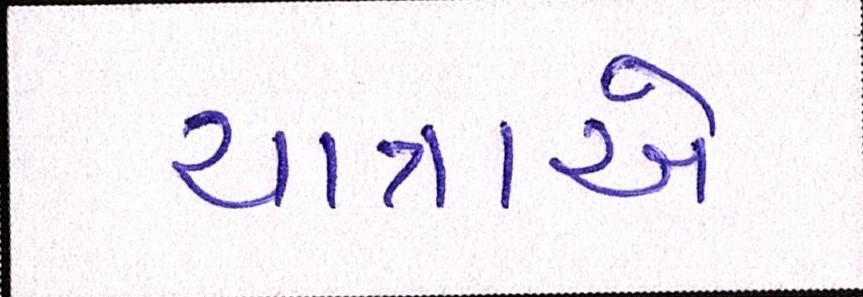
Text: યાત્રાએ